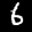
Label: 6